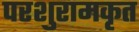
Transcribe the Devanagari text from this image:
परशुरामकृत